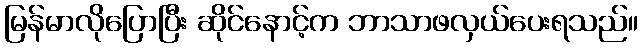
မြန်မာလိုပြောပြီး ဆိုင်နောင့်က ဘာသာဖလှယ်ပေးရသည်။